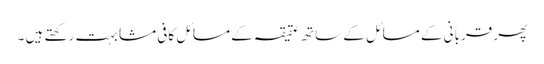
پھر قربانی کے مسائل کے ساتھ عقیقہ کے مسائل کافی مشابہت رکھتے ہیں ۔